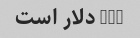
180 دلار است